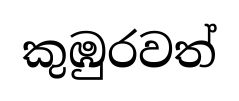
කුඹුරවත්